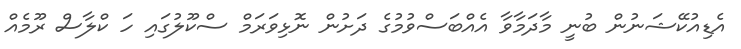
އެޑިއުކޭޝަނުން ބުނީ މާދަމާވާ އެއްބަސްވުމުގެ ދަށުން ނޮޅިވަރަމް ސްކޫލުގައި ހަ ކްލާސް ރޫމެއް